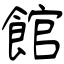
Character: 館